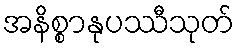
အနိစ္စာနုပဿီသုတ်